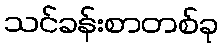
သင်ခန်းစာတစ်ခု